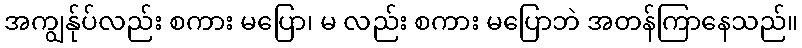
အကျွန်ုပ်လည်း စကား မပြော၊ မ လည်း စကား မပြောဘဲ အတန်ကြာနေသည်။